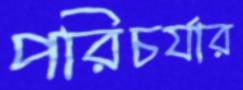
পরিচর্যার